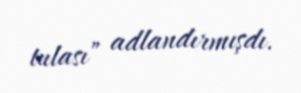
tulası” adlandırmışdı.